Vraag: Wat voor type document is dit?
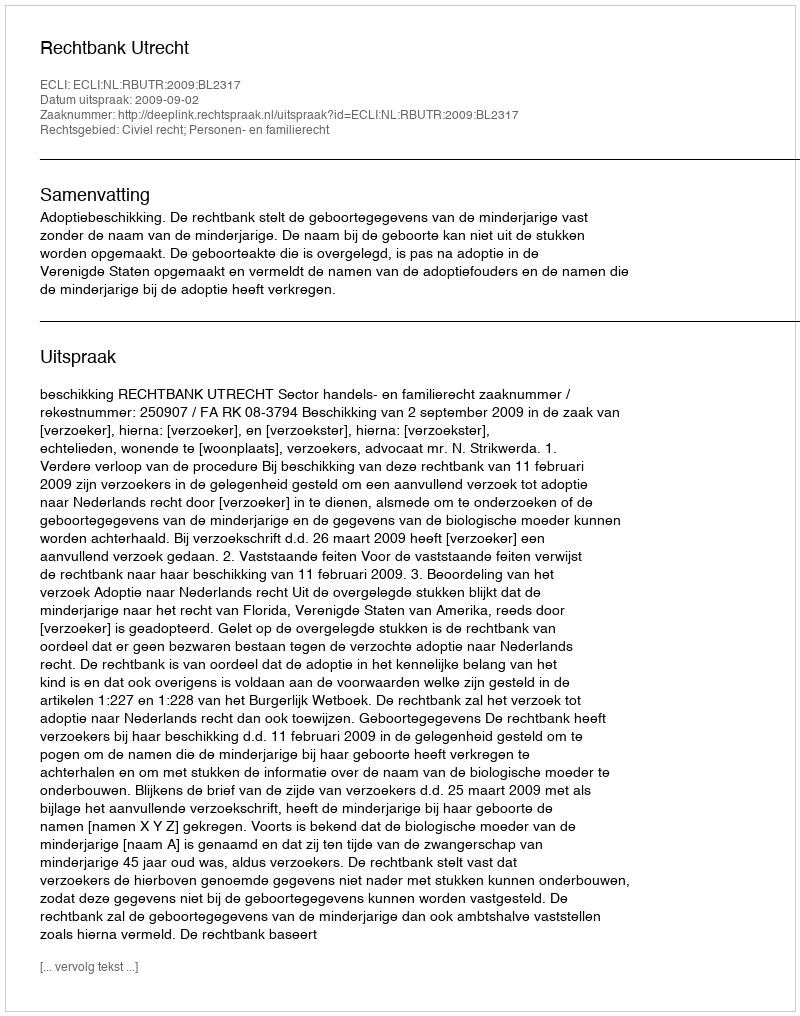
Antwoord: Uitspraak